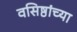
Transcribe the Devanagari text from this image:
वसिष्ठांच्या